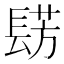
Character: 𮤀